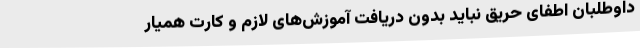
داوطلبان اطفای حریق نباید بدون دریافت آموزش‌های لازم و کارت همیار